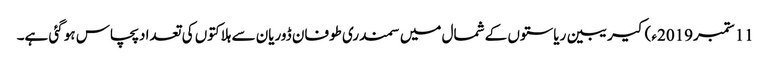
11 ستمبر2019ء) کیریبین ریاستوں کے شمال میں سمندری طوفان ڈوریان سے ہلاکتوں کی تعداد پچاس ہو گئی ہے۔